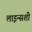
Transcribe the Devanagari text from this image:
लाइन्सशी